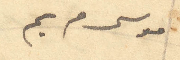
موسى مريم